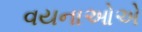
વયનાઓએ